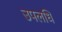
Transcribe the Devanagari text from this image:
उपलधि